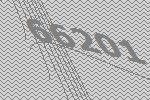
66201